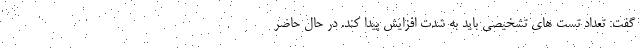
گفت: تعداد تست های تشخیصی باید به شدت افزایش پیدا کند. در حال حاضر